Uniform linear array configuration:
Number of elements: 24
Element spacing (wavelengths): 1
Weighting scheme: exponential
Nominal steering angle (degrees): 60
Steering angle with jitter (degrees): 61.186
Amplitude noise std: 0.05
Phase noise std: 0.05

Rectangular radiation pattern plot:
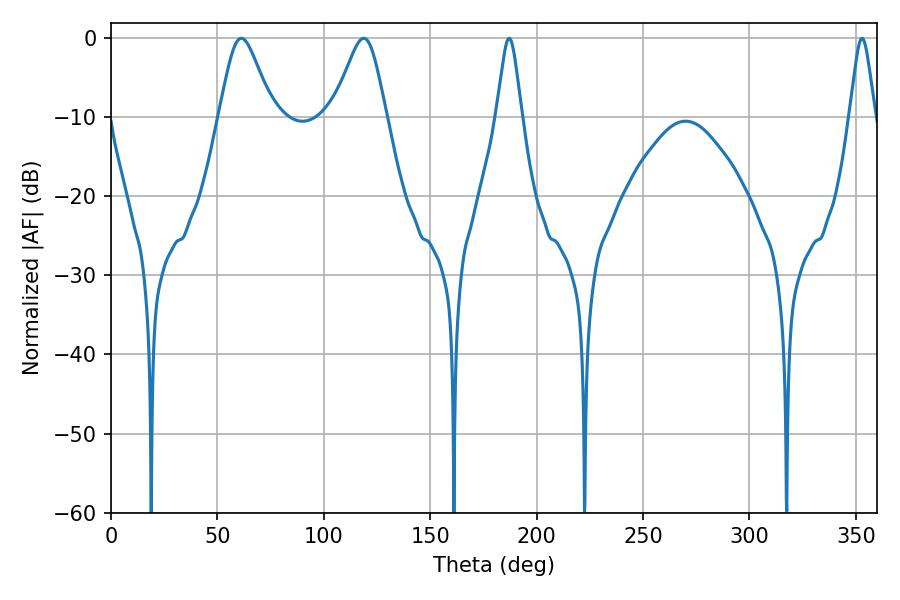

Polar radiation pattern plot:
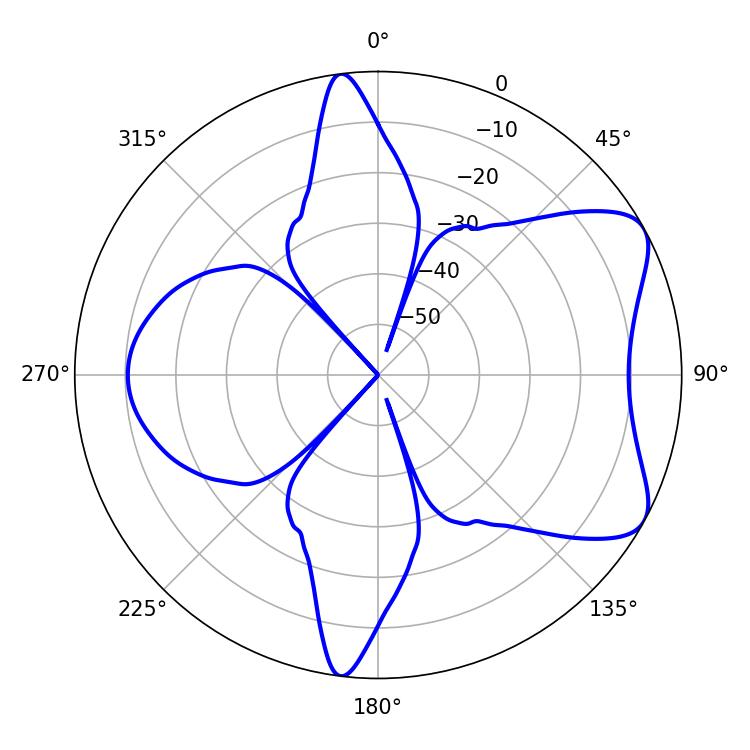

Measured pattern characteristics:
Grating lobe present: TRUE
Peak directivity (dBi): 6.914
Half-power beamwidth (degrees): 12.24
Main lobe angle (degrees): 61.2